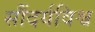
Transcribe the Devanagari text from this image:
सौंदर्यविश्व